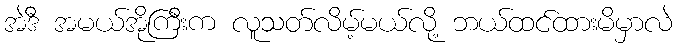
အဲဒီ အမယ်အိုကြီးက လူသတ်လိမ့်မယ်လို့ ဘယ်ထင်ထားမိမှာလဲ